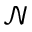
\mathcal { N }